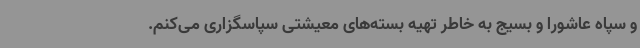
و سپاه عاشورا و بسیج به خاطر تهیه بسته‌های معیشتی سپاسگزاری می‌کنم.